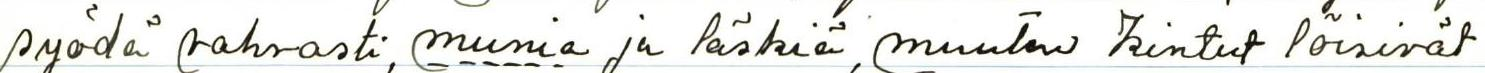
syödä vahvasti, munia ja läskiä, muuten kintut löisivät